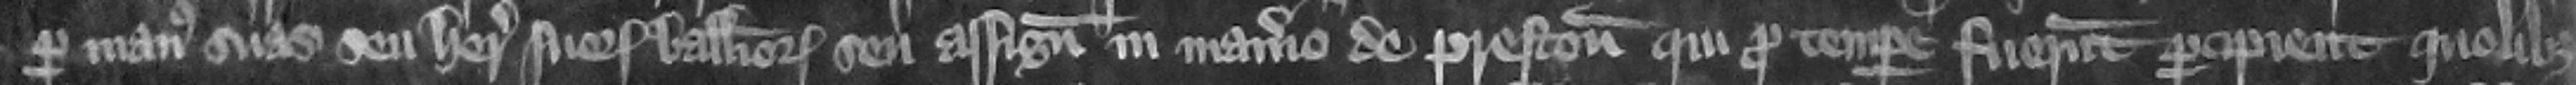
per manus suas seu heredum suorum balliuorum seu assignatorum in manerio de Preston qui pro tempore fuerunt percipient quolibet